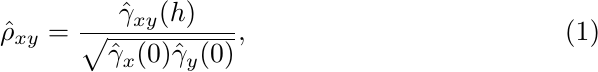
\begin{equation}
	\hat{\rho}_{xy} = \dfrac{\hat{\gamma}_{xy}(h)}{\sqrt{\hat{\gamma}_{x}(0)\hat{\gamma}_{y}(0)}},
\end{equation}